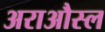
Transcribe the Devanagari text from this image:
अराऔस्ल